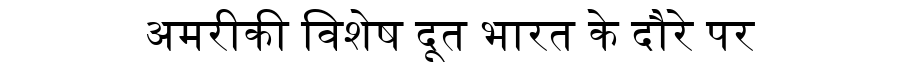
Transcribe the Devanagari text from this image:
अमरीकी विशेष दूत भारत के दौरे पर